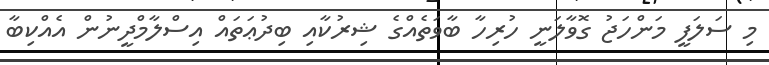
މި ސަލަފީ މަންހަޖު ގޮވާލަނީ ހުރިހާ ބާވަތެއްގެ ޝިރުކާއި ބިދުޢަތައް އިސްލާމްދީނުން އެއްކިބާ